Lunatic asylums Madras 1877-1891 - 1877-1891
Year: 1877
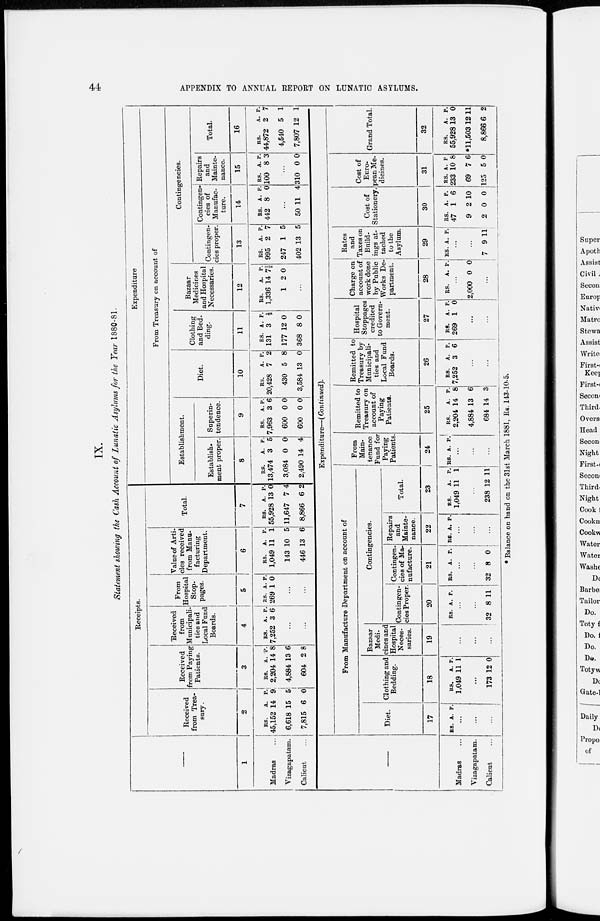
44
APPENDIX TO ANNUAL REPORT ON LUNATIC ASYLUMS.
IX.
Statement showing the Cash Account of Lunatic Asylums for the Year 1880-81.
1
Madras ...
Vizagapatam.
Calicut ...
Receipts.
Received
from Trea-
sury.
2
Rs.
45,152
6,618
7,815
A.
14
15
6
P.
9
5
0
Received
from Paying
Patients.
3
Rs.
2,204
4,884
604
A.
14
13
2
P.
8
6
8
Received
from
Municipali-
ties and
Local Fund
Boards.
4
Rs.
7,252
A.
3
P.
6
...
...
From
Hospital
Stop-
pages.
5
Rs.
269
A.
1
P.
0
...
...
Value of Arti-
cles received
from Manu-
facturing
Department.
6
Rs.
1,049
143
446
A.
11
10
13
P.
1
5
6
Total.
7
Rs.
55,928
11,647
8,866
A.
13
7
6
P.
0
4
2
Expenditure
From Treasury on account of
Establishment.
Establish-
ment proper.
8
Rs.
13,474
3,084
2,490
A.
3
0
14
P.
5
0
4
Superin-
tendence.
9
Rs.
7,963
600
600
A.
3
0
0
P.
6
0
0
Diet.
10
Rs.
20,428
430
3,584
A.
7
5
13
P.
2
8
0
Clothing
and Bed-
ding.
11
Rs.
131
177
368
A.
3
12
8
P.
½
0
0
Bazaar
Medicines
and Hospital
Necessaries.
12
Rs.
1,336
1
A.
L4
2
P.
7½
0
...
Contingencies.
Contingen-
cies proper.
13
Rs.
995
247
402
A.
2
1
13
P.
7
5
5
Contingen-
cies of
Manufac-
ture.
14
Rs.
442
A.
8
P.
0
...
50 11 4
Repairs
and
Mainte-
nance.
15
Rs.
100
A.
8
P.
3
...
310 0 0
Total.
16
Rs.
44,872
4,540
7,807
A.
2
5
12
P.
7
1
1
Madras ...
Vizagapatam.
Calicut ...
Expenditure—(Continued).
From Manufacture Department on account of
Diet.
17
Rs. A. P.
...
...
...
Clothing and
Bedding.
18
Rs.
1,049
A.
11
P.
1
...
173 12 0
Bazaar
Medi-
cines and
Hospital
Neces-
saries.
19
...
...
...
Contingencies.
Contingen-
cies Proper.
20
Rs. A. P.
...
...
32 8 11
Contingen-
cies of Ma-
nufacture.
21
Rs. A.
P.
...
...
32 8
0
Repairs
and
Mainte-
nance.
22
Rs A. P.
...
...
...
Total.
23
Rs.
1,049
A.
11
P.
1
...
238 12 11
From
Main-
tenance
Fund for
Paying
Patients.
24
Rs. A. P.
...
...
...
Remitted to
Treasury on
account of
Paying
Patients.
25
Rs.
2,204
4,884
684
A.
14
13
14
P.
8
6
3
Remitted to
Treasury by
Municipali-
ties and
Local Fund
Boards.
26
Rs.
7,252
A.
3
P.
6
...
...
Hospital
Stoppages
credited
to Govern-
ment.
27
Rs.
269
A.
1
P.
0
...
...
Charge on
account of
work done
by Public
Works De-
partment.
28
Rs. A. P.
...
2,000 0 0
...
Rates
and
Taxes on
Build-
ings at-
tached
to the
Asylum.
29
Rs. A.
P.
...
...
7 9 11
Cost of
Stationery.
30
Rs.
47
9
2
A.
1
2
0
P.
6
10
0
Cost of
Euro-
pean Me-
dicines.
31
Rs.
233
69
125
A.
10
7
5
P.
8
6
0
Grand Total.
32
Rs.
55,928
*11,503
8,866
A.
13
12
6
P.
0
11
2
* Balance on hand on the 31st March 1881, Rs. 143-10-5.